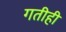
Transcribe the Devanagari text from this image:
गतीही